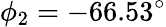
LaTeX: \phi_{2}=-66.53^{\circ}